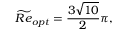
\widetilde { R e } _ { o p t } = \frac { 3 \sqrt { 1 0 } } { 2 } \pi ,